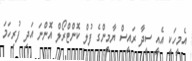
އެމީހަކީ އެއީ ސީދާ ރައީސް ޔާމީންގެ ފުލް ކޮންޓްރޯލް އޮންނަ އަދި ފުރިހަމަ